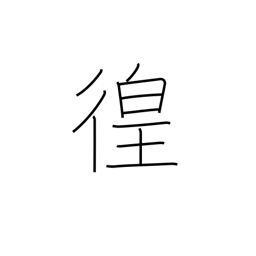
Meaning: wandering